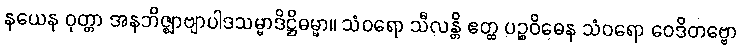
နယေန ဝုတ္တာ အနဘိဇ္ဈာဗျာပါဒသမ္မာဒိဋ္ဌိဓမ္မာ။ သံဝရော သီလန္တိ ဧတ္ထ ပဉ္စဝိဓေန သံဝရော ဝေဒိတဗ္ဗော